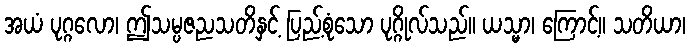
အယံ ပုဂ္ဂလော၊ ဤသမ္ပဇညသတိနှင့် ပြည့်စုံသော ပုဂ္ဂိုလ်သည်။ ယသ္မာ၊ ကြောင့်။ သတိယာ၊